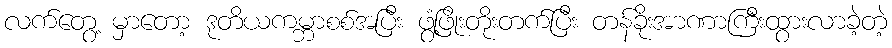
လက်တွေ့ မှာတော့ ဒုတိယကမ္ဘာစစ်အပြီး ဖွံ့ဖြိုးတိုးတက်ပြီး တန်ခိုးအာဏာကြီးထွားလာခဲ့တဲ့